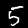
Digit: 5